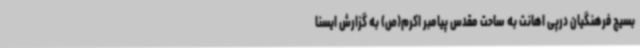
بسیج فرهنگیان درپی اهانت به ساحت مقدس پیامبر اکرم(ص) به گزارش ایسنا